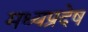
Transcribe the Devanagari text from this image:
मध्यप्रदेष